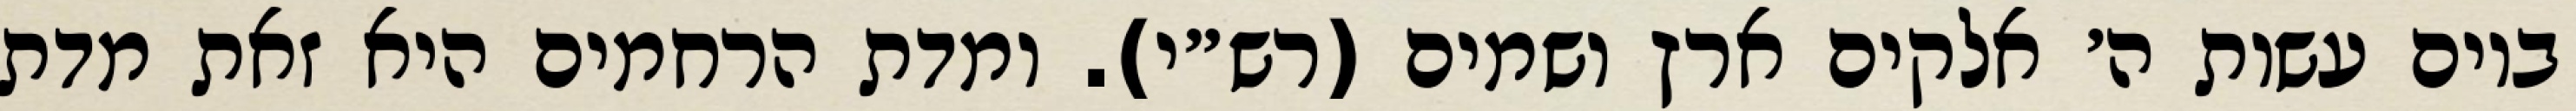
ביום עשות ה׳ אלקים ארץ ושמים (רש״י). ומדת הרחמים היא זאת מדת